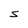
Character: S